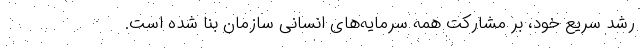
رشد سریع خود، بر مشارکت همه سرمایه‌های انسانی سازمان بنا شده است.